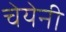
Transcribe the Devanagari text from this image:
चेयेनी